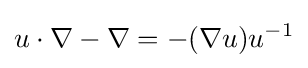
u\cdot \nabla -\nabla =-(\nabla u)u^{-1}